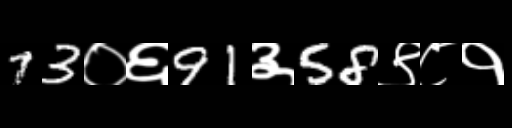
Text: 73०६91३58९८१